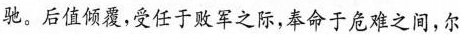
驰。后值倾覆，受任于败军之际，奉命于危难之间，尔